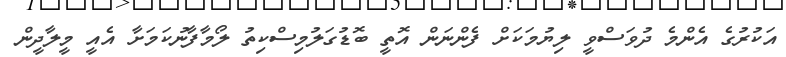
އަކުރުގެ އެންމެ ދުވަސްވީ ލިޔުމަކަށް ފެންނަން އޮތީ ބޮޑުގަލުމިސްކިތު ލޯމާފާނުކަމަށާ އެއީ މީލާދީން